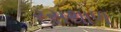
રસથાળ